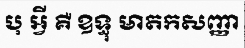
បុ អ្វី គឺ ឧទ្ធុ មាតកសញ្ញា